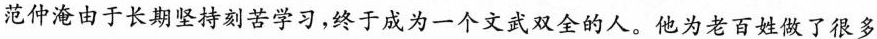
范仲淹由于长期坚持刻苦学习，终于成为一个文武双全的人。他为老百姓做了很多